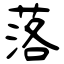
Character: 落